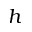
h